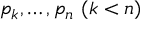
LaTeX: p _ { k } , \ldots , p _ { n } \ ( k < n )